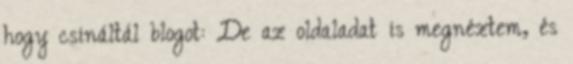
hogy csináltál blogot: De az oldaladat is megnéztem, és